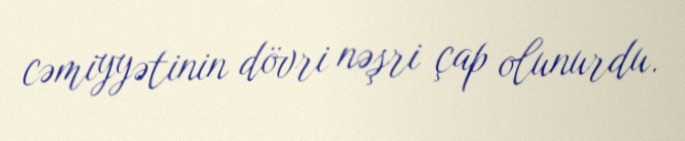
cəmiyyətinin dövri nəşri çap olunurdu.